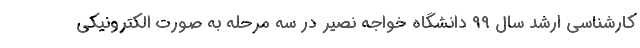
کارشناسی ارشد سال ۹۹ دانشگاه خواجه نصیر در سه مرحله به صورت الکترونیکی